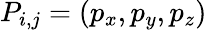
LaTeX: P_{i,j}=(p_{x},p_{y},p_{z})